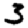
Digit: 3